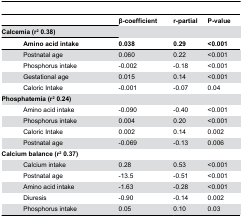
<table><thead><tr><td colspan="2"></td><td><b>β-coefficient</b></td><td><b>r-partial</b></td><td><b>P-value</b></td></tr><tr><td colspan="2"><b>Calcemia (r<sup>2</sup> 0.38)</b></td><td></td><td></td><td></td></tr><tr><td></td><td><b>Amino acid intake</b></td><td><b>0.038</b></td><td><b>0.29</b></td><td><b>&lt;0.001</b></td></tr></thead><tbody><tr><td></td><td>Postnatal age</td><td>0.060</td><td>0.22</td><td>&lt;0.001</td></tr><tr><td></td><td>Phosphorus intake</td><td>-0.002</td><td>-0.18</td><td>&lt;0.001</td></tr><tr><td></td><td>Gestational age</td><td>0.015</td><td>0.14</td><td>&lt;0.001</td></tr><tr><td></td><td>Caloric Intake</td><td>-0.001</td><td>-0.07</td><td>0.04</td></tr><tr><td colspan="2"><b>Phosphatemia (r<sup>2</sup> 0.24)</b></td><td></td><td></td><td></td></tr><tr><td></td><td>Amino acid intake</td><td>-0.090</td><td>-0.40</td><td>&lt;0.001</td></tr><tr><td></td><td>Phosphorus intake</td><td>0.004</td><td>0.20</td><td>&lt;0.001</td></tr><tr><td></td><td>Caloric Intake</td><td>0.002</td><td>0.14</td><td>0.002</td></tr><tr><td></td><td>Postnatal age</td><td>-0.069</td><td>-0.13</td><td>0.006</td></tr><tr><td colspan="2"><b>Calcium balance (r<sup>2</sup> 0.37)</b></td><td></td><td></td><td></td></tr><tr><td></td><td>Calcium intake</td><td>0.28</td><td>0.53</td><td>&lt;0.001</td></tr><tr><td></td><td>Postnatal age</td><td>-13.5</td><td>-0.51</td><td>&lt;0.001</td></tr><tr><td></td><td>Amino acid intake</td><td>-1.63</td><td>-0.28</td><td>&lt;0.001</td></tr><tr><td></td><td>Diuresis</td><td>-0.90</td><td>-0.14</td><td>0.002</td></tr><tr><td></td><td>Phosphorus intake</td><td>0.05</td><td>0.10</td><td>0.03</td></tr></tbody></table>